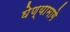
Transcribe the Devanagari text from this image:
घेण्यामागे